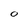
Character: 0